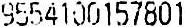
9554100157801